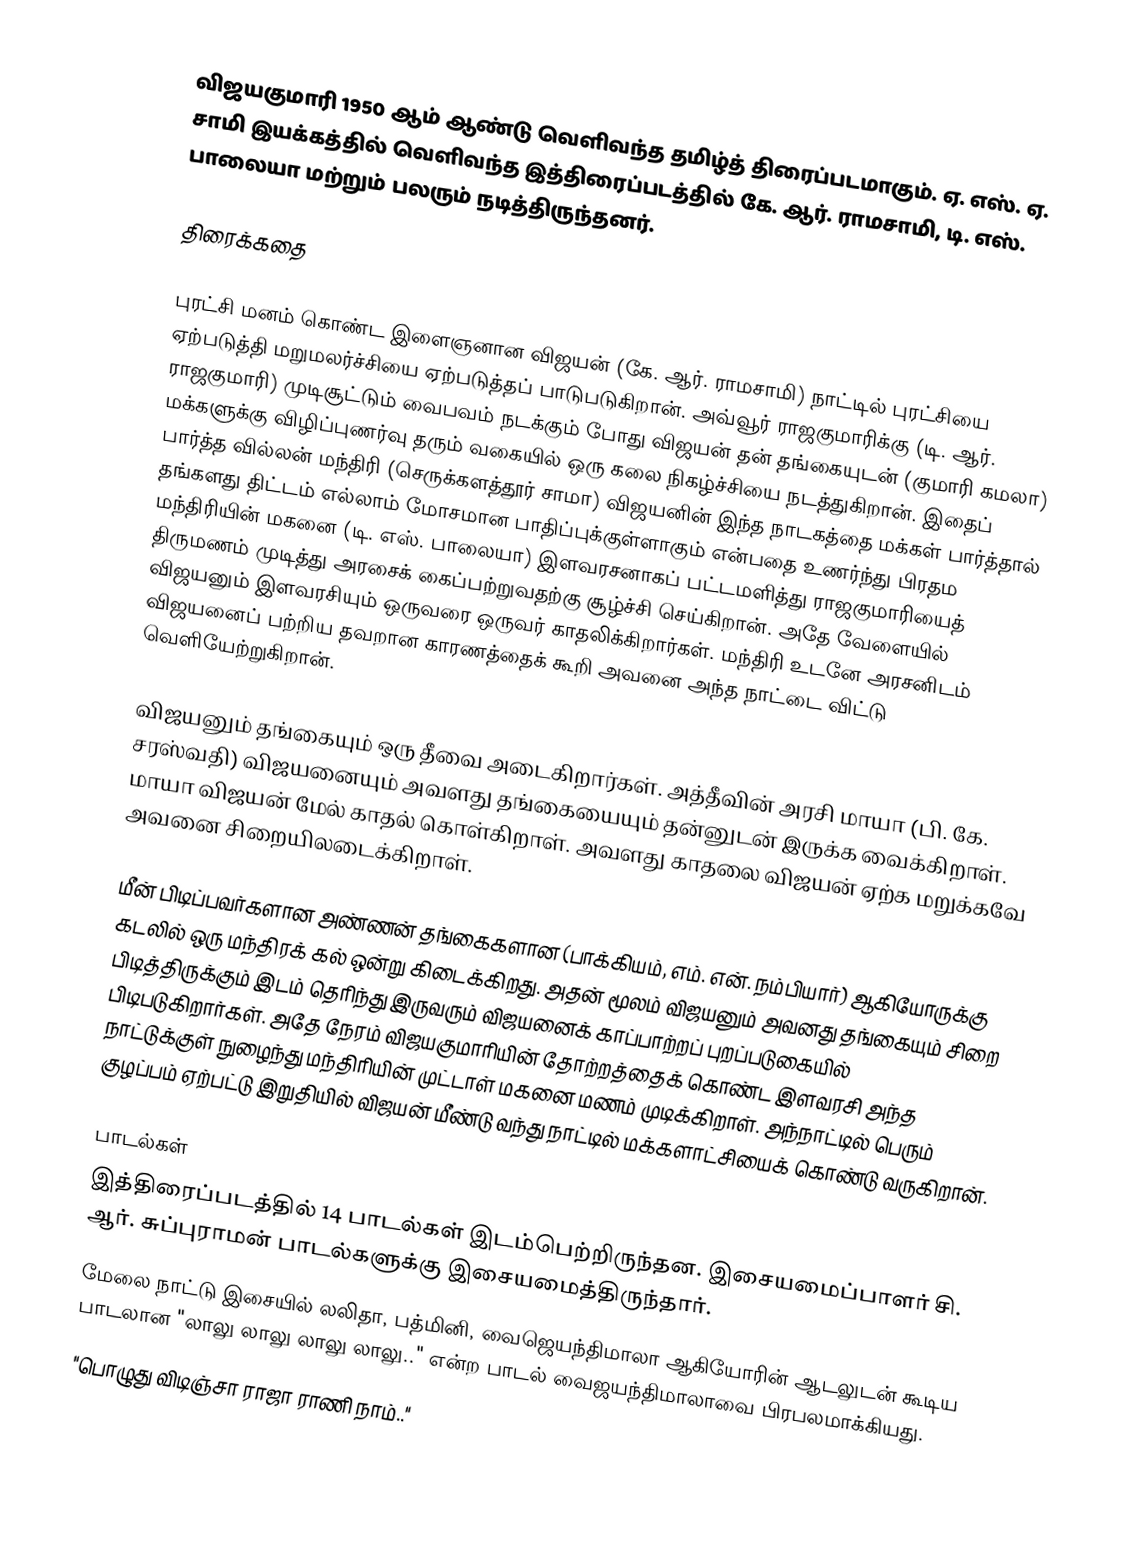
விஜயகுமாரி 1950 ஆம் ஆண்டு வெளிவந்த தமிழ்த் திரைப்படமாகும். ஏ. எஸ். ஏ. சாமி இயக்கத்தில் வெளிவந்த இத்திரைப்படத்தில் கே. ஆர். ராமசாமி, டி. எஸ். பாலையா மற்றும் பலரும் நடித்திருந்தனர்.

திரைக்கதை

புரட்சி மனம் கொண்ட இளைஞனான விஜயன் (கே. ஆர். ராமசாமி) நாட்டில் புரட்சியை ஏற்படுத்தி மறுமலர்ச்சியை ஏற்படுத்தப் பாடுபடுகிறான். அவ்வூர் ராஜகுமாரிக்கு (டி. ஆர். ராஜகுமாரி) முடிசூட்டும் வைபவம் நடக்கும் போது விஜயன் தன் தங்கையுடன் (குமாரி கமலா) மக்களுக்கு விழிப்புணர்வு தரும் வகையில் ஒரு கலை நிகழ்ச்சியை நடத்துகிறான். இதைப் பார்த்த வில்லன் மந்திரி (செருக்களத்தூர் சாமா) விஜயனின் இந்த நாடகத்தை மக்கள் பார்த்தால் தங்களது திட்டம் எல்லாம் மோசமான பாதிப்புக்குள்ளாகும் என்பதை உணர்ந்து பிரதம மந்திரியின் மகனை (டி. எஸ். பாலையா) இளவரசனாகப் பட்டமளித்து ராஜகுமாரியைத் திருமணம் முடித்து அரசைக் கைப்பற்றுவதற்கு சூழ்ச்சி செய்கிறான். அதே வேளையில் விஜயனும் இளவரசியும் ஒருவரை ஒருவர் காதலிக்கிறார்கள். மந்திரி உடனே அரசனிடம் விஜயனைப் பற்றிய தவறான காரணத்தைக் கூறி அவனை அந்த நாட்டை விட்டு வெளியேற்றுகிறான்.

விஜயனும் தங்கையும் ஒரு தீவை அடைகிறார்கள். அத்தீவின் அரசி மாயா (பி. கே. சரஸ்வதி) விஜயனையும் அவளது தங்கையையும் தன்னுடன் இருக்க வைக்கிறாள். மாயா விஜயன் மேல் காதல் கொள்கிறாள். அவளது காதலை விஜயன் ஏற்க மறுக்கவே அவனை சிறையிலடைக்கிறாள்.

மீன் பிடிப்பவர்களான அண்ணன் தங்கைகளான (பாக்கியம், எம். என். நம்பியார்) ஆகியோருக்கு கடலில் ஒரு மந்திரக் கல் ஒன்று கிடைக்கிறது. அதன் மூலம் விஜயனும் அவனது தங்கையும் சிறை பிடித்திருக்கும் இடம் தெரிந்து இருவரும் விஜயனைக் காப்பாற்றப் புறப்படுகையில் பிடிபடுகிறார்கள். அதே நேரம் விஜயகுமாரியின் தோற்றத்தைக் கொண்ட இளவரசி அந்த நாட்டுக்குள் நுழைந்து மந்திரியின் முட்டாள் மகனை மணம் முடிக்கிறாள். அந்நாட்டில் பெரும் குழப்பம் ஏற்பட்டு இறுதியில் விஜயன் மீண்டு வந்து நாட்டில் மக்களாட்சியைக் கொண்டு வருகிறான்.

பாடல்கள்
இத்திரைப்படத்தில் 14 பாடல்கள் இடம்பெற்றிருந்தன. இசையமைப்பாளர் சி. ஆர். சுப்புராமன் பாடல்களுக்கு இசையமைத்திருந்தார்.
மேலை நாட்டு இசையில் லலிதா, பத்மினி, வைஜெயந்திமாலா ஆகியோரின் ஆடலுடன் கூடிய பாடலான "லாலு லாலு லாலு லாலு.." என்ற பாடல் வைஜயந்திமாலாவை பிரபலமாக்கியது.
"பொழுது விடிஞ்சா ராஜா ராணி நாம்.."